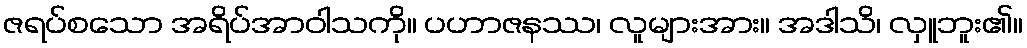
ဇရပ်စသော အရိပ်အာဝါသကို။ ပဟာဇနဿ၊ လူများအား။ အဒါသိ၊ လှူဘူး၏။